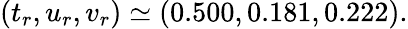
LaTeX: (t_{r},u_{r},v_{r})\simeq(0.500,0.181,0.222).